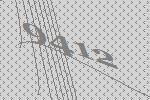
9412